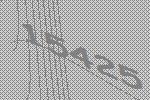
15425